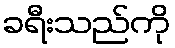
ခရီးသည်ကို